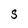
Character: S